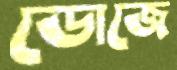
ডোজে